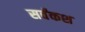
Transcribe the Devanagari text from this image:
सर्वंकश